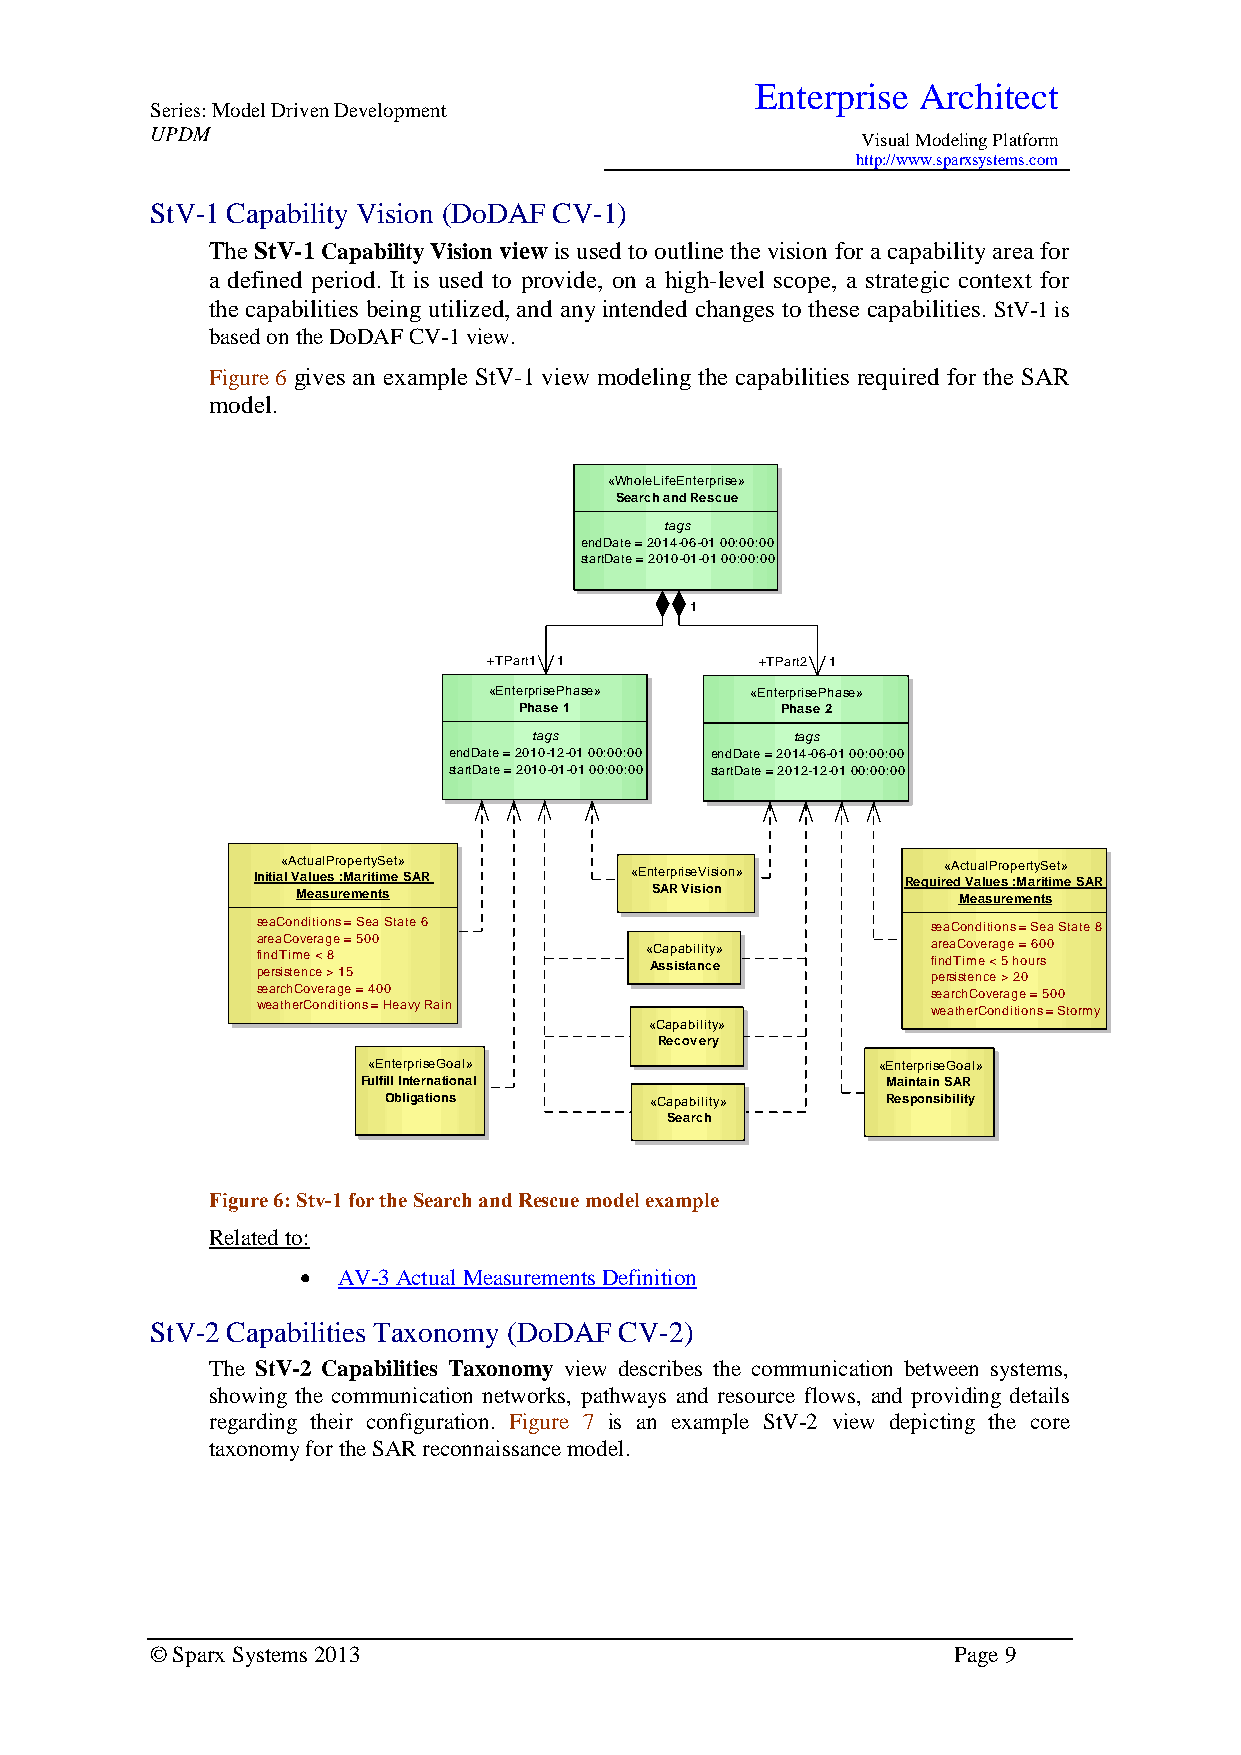
Enterprise Architect
 Series: Model Driven Development
 UPDM
 Visual Modeling Platform
 http://www.sparxsystems.com
 StV-1 Capability Vision (DoDAF CV-1)
 The StV-1 Capability Vision view is used to outline the vision for a capability area for
 a defined period. It is used to provide, on a high-level scope, a strategic context for
 the capabilities being utilized, and any intended changes to these capabilities. StV-1 is
 based on the DoDAF CV-1 view.
 Figure 6 gives an example StV-1 view modeling the capabilities required for the SAR
 model.
 «WholeLifeEnterprise»
 Search and Rescue
 tags
 endDate = 2014-06-01 00:00:00
 startDate = 2010-01-01 00:00:00
 1 1
 +TPart1 1         +TPart2 1
 «EnterprisePhase» «EnterprisePhase»
 Phase 1           Phase 2
 tags              tags
 endDate = 2010-12-01 00:00:00 endDate = 2014-06-01 00:00:00
 startDate = 2010-01-01 00:00:00 startDate = 2012-12-01 00:00:00
 «ActualPropertySet»                        «ActualPropertySet»
 Initial Values :Maritime SAR «EnterpriseVision» Required Values :Maritime SAR
 Measurements           SAR Vision          Measurements
 seaConditions = Sea State 6                  seaConditions = Sea State 8
 areaCoverage = 500        «Capability»       areaCoverage = 600
 findTime < 8              Assistance         findTime < 5 hours
 persistence > 15                             persistence > 20
 searchCoverage = 400                         searchCoverage = 500
 weatherConditions = Heavy Rain               weatherConditions = Stormy
 «Capability»
 Recovery
 «EnterpriseGoal»                  «EnterpriseGoal»
 Fulfill International              Maintain SAR
 Obligations       «Capability»    Responsibility
 Search
 Figure 6: Stv-1 for the Search and Rescue model example
 Related to:
  AV-3 Actual Measurements Definition
 StV-2 Capabilities Taxonomy (DoDAF CV-2)
 The StV-2 Capabilities Taxonomy view describes the communication between systems,
 showing the communication networks, pathways and resource flows, and providing details
 regarding their configuration. Figure 7 is an example StV-2 view depicting the core
 taxonomy for the SAR reconnaissance model.
 © Sparx Systems 2013                                 Page 9